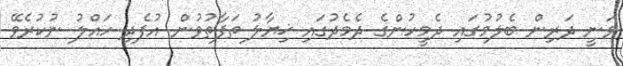
ވަނީ ދަރިން ބެލުމުގައި ދެމީހުންގެ ދެމެދުގައި ޚިޔާލު ތަފާތުވުން އުފެދި ހައްލު ނުކުރެވޭ